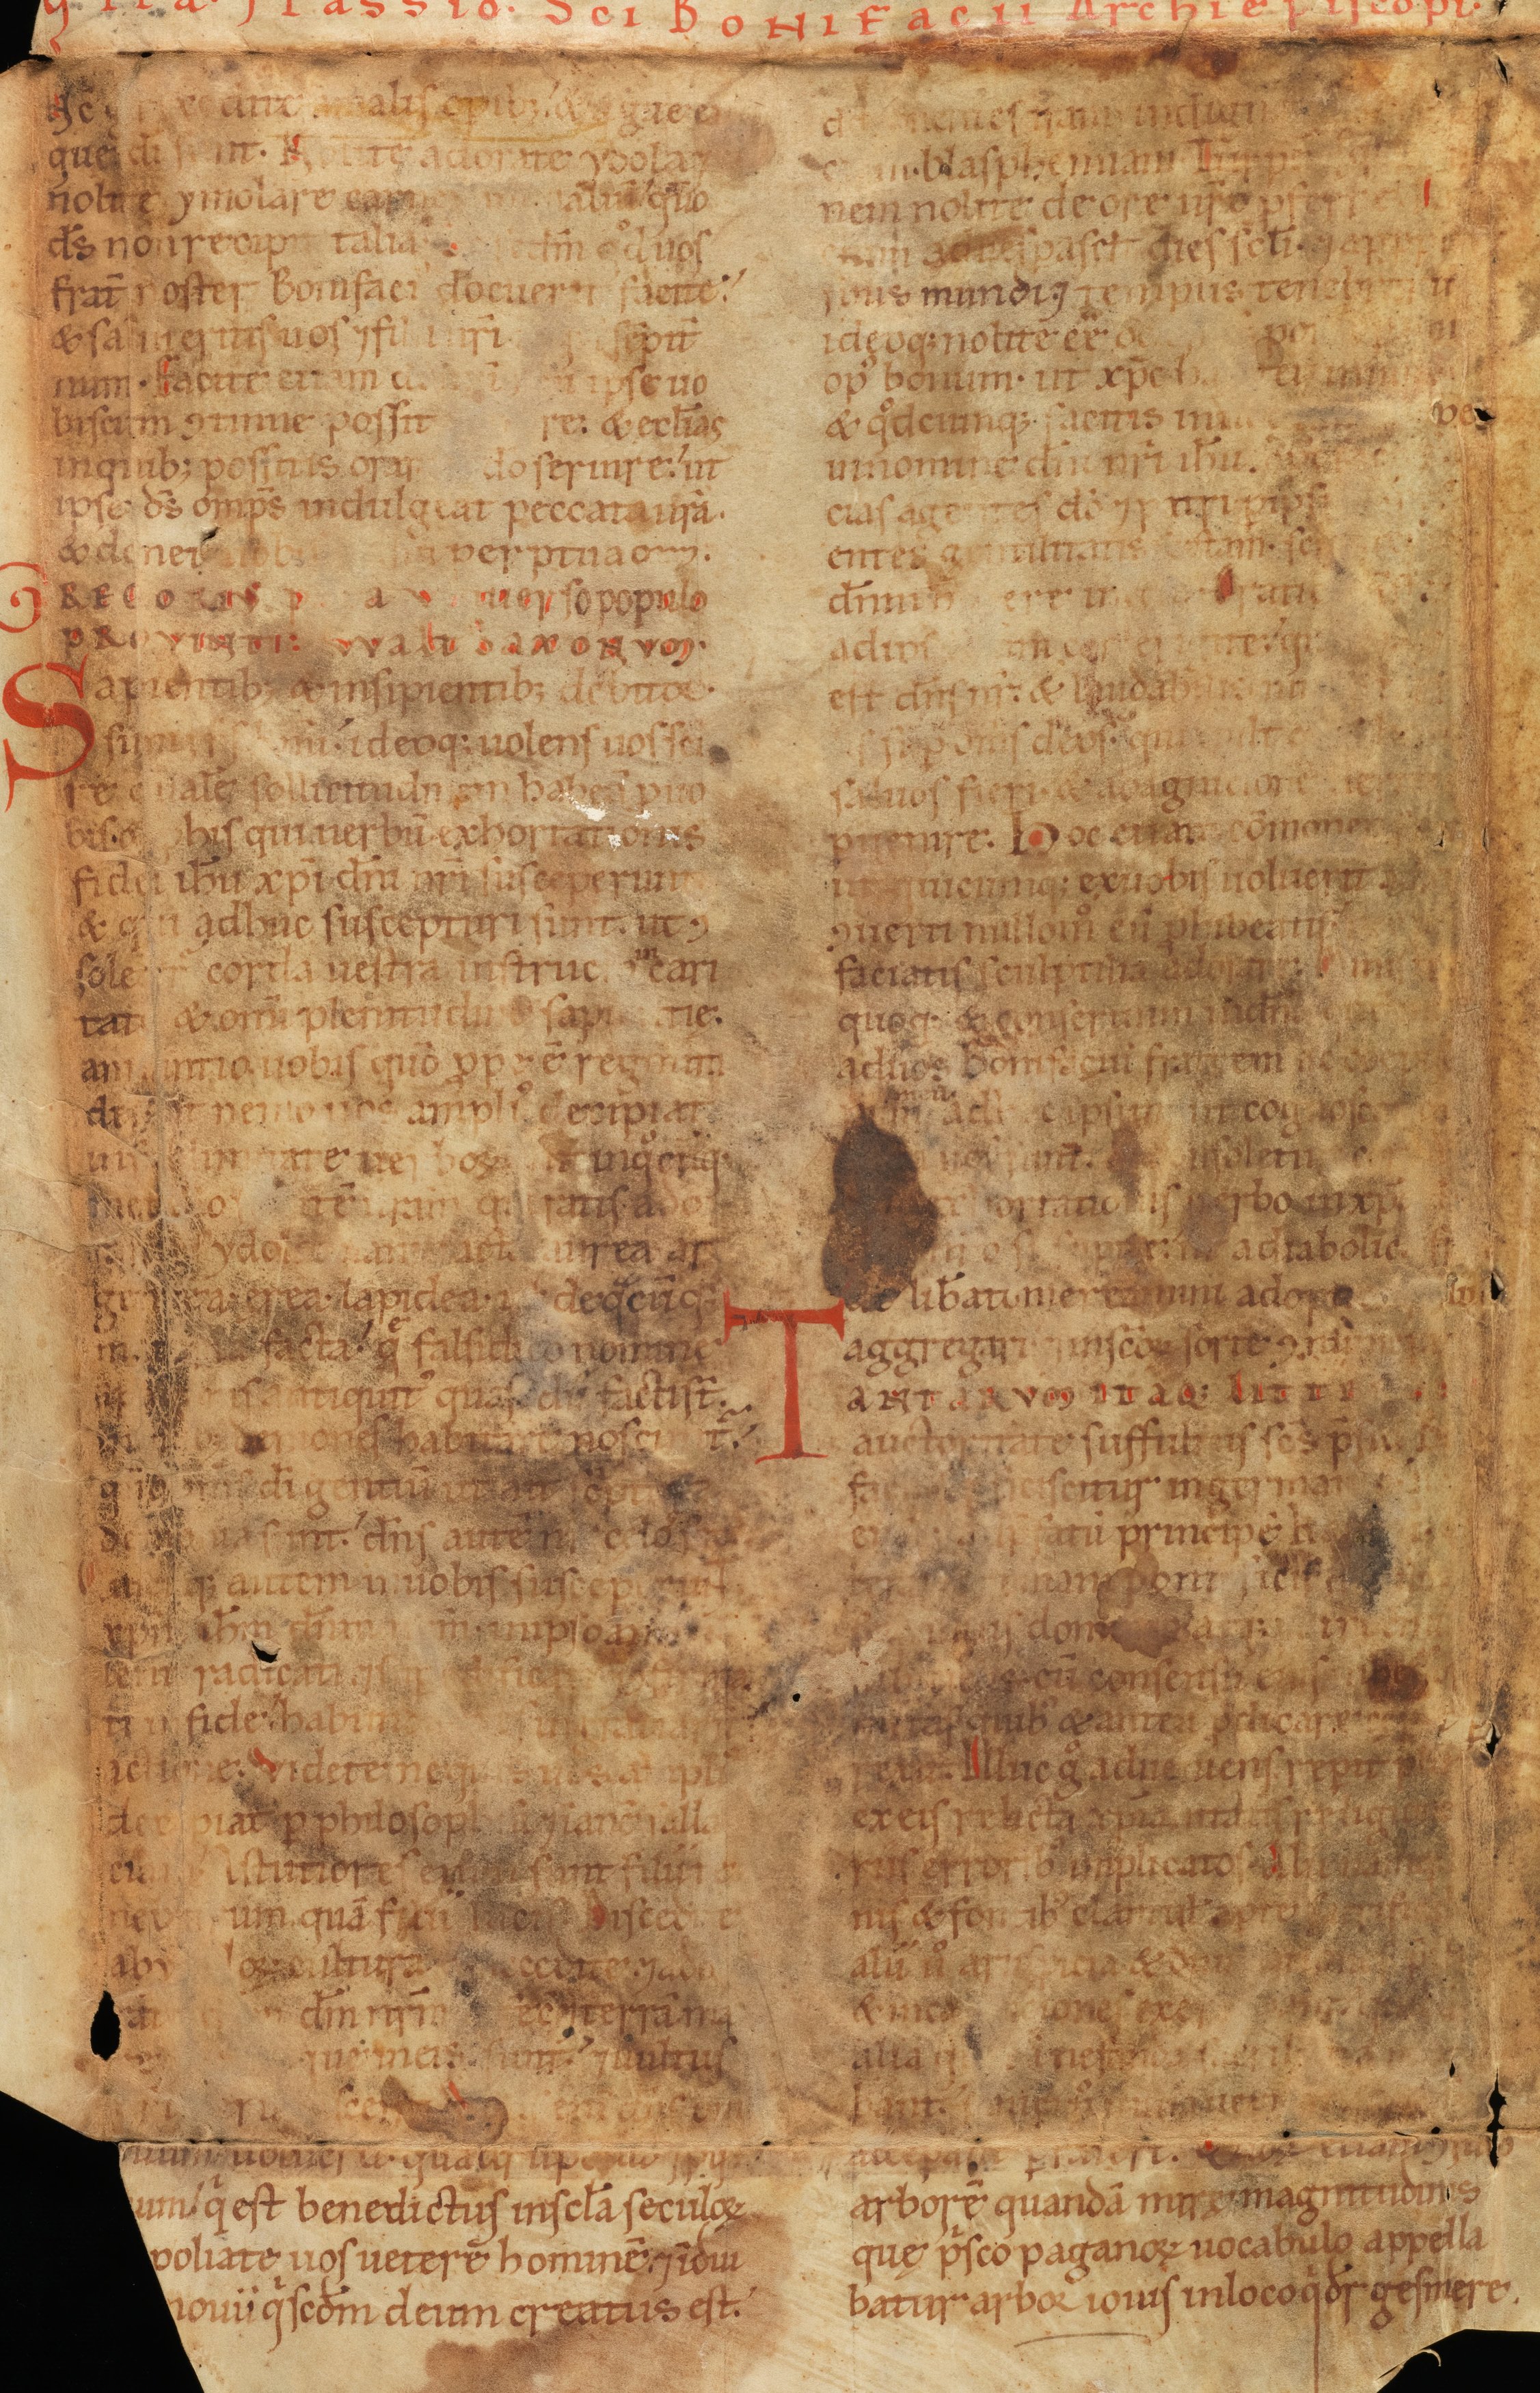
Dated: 1140–1170